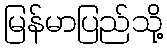
မြန်မာပြည်သို့